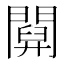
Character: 𨵹